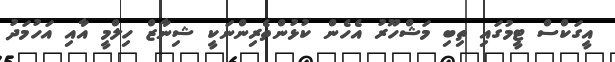
އީގަކްސް ޓީމުގައި ތިބި މަޝްހޫރު އެހެން ކުޅުންތެރިންނަކީ ޝިނާޒް ހިލްމީ އާއި އަހުމަދު